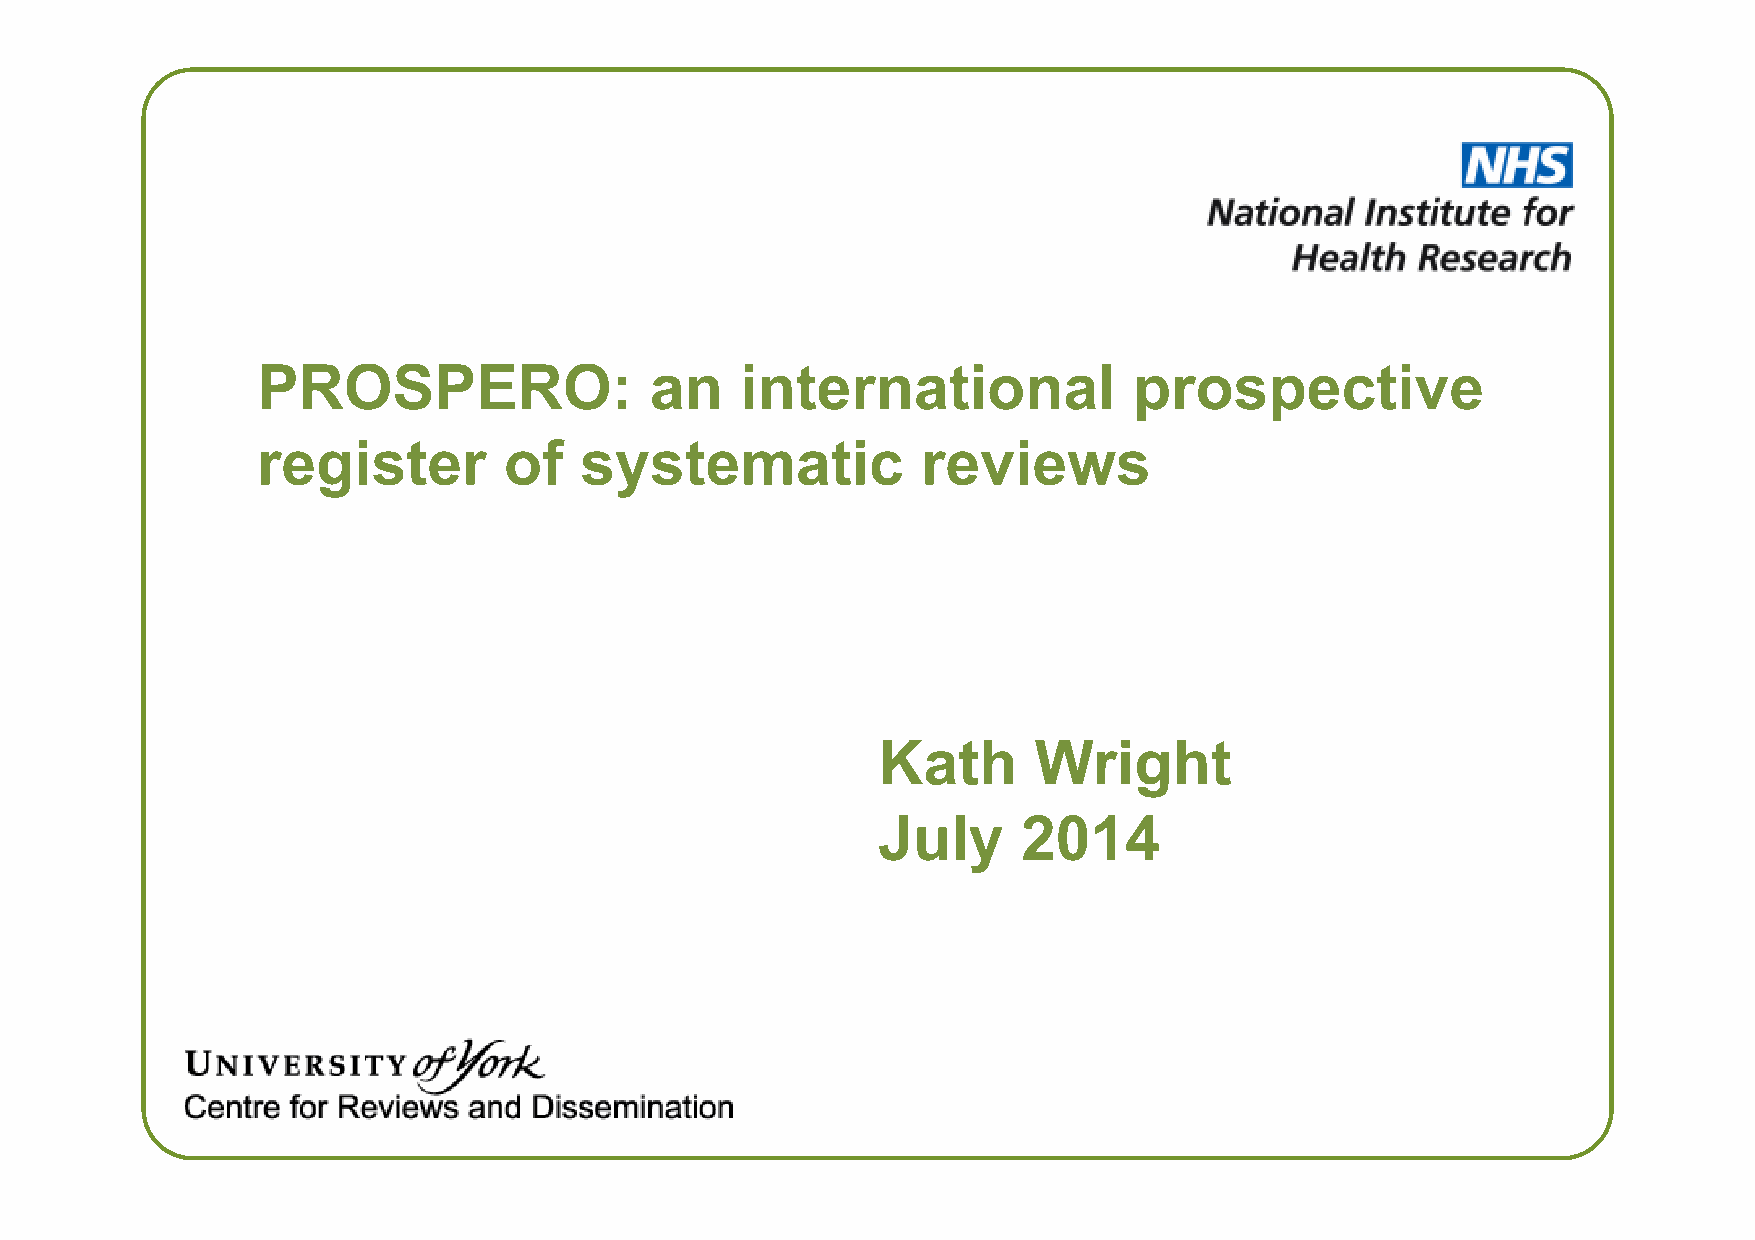
PROSPERO:                 an    international             prospective
 register        of   systematic             reviews
 Kath      Wright
 July      2014